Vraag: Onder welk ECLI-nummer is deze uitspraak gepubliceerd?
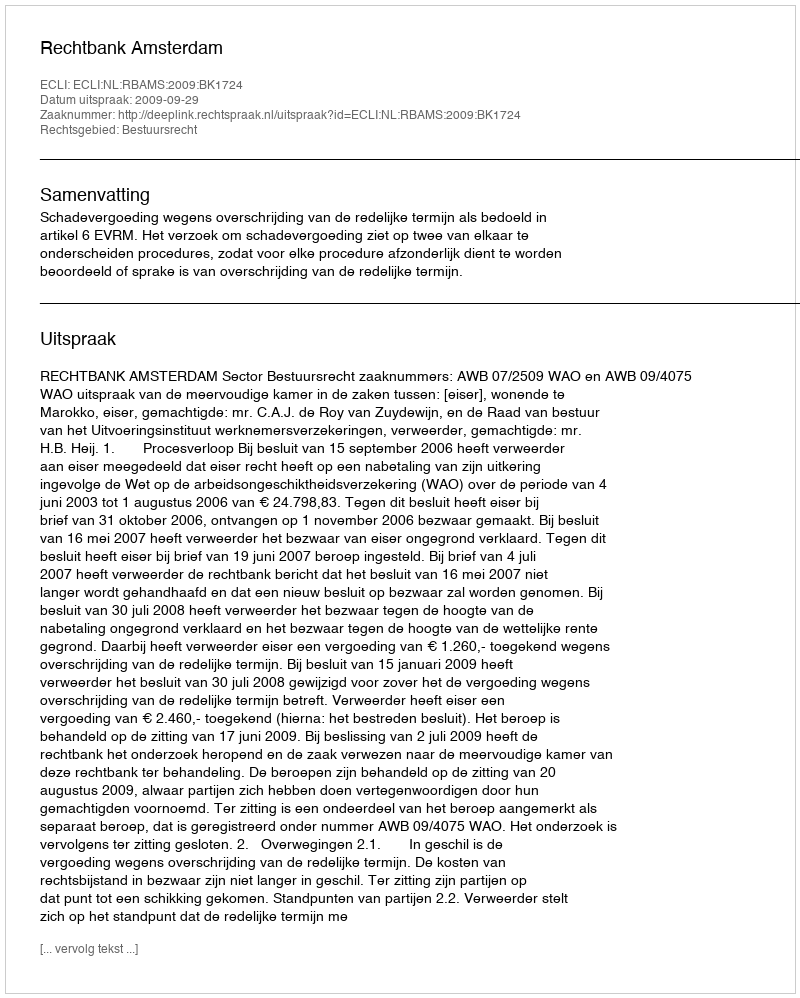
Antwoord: ECLI:NL:RBAMS:2009:BK1724